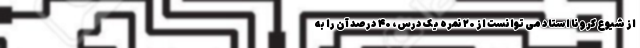
از شیوع کرونا استاد می توانست از ۲۰ نمره یک درس، ۴۰ درصد آن را به